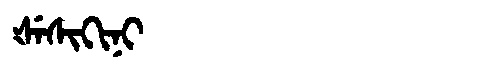
Manchu: ᡧᡝᠰᡳᡴᡳᠨᡳ
Romanization: ŠESIKINI